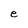
Character: e